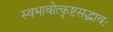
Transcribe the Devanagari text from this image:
स्वभावोत्कृष्टसद्भावः